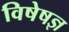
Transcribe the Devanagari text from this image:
विषेषज्ञ